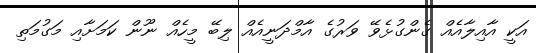
އަކީ އާއިލާއެއް ގެންގުޅެވޭ ވަރުގެ އާމްދަނީއެއް ލިބޭ މީހެއް ނޫން ކަމަށާއި މަގުމަތި